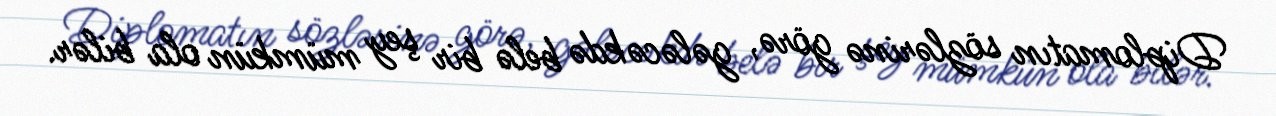
Diplomatın sözlərinə görə, gələcəkdə belə bir şey mümkün ola bilər.